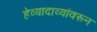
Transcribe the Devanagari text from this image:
हेव्यादाव्यांवरून